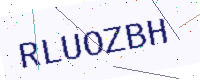
Text: RLUOZBH